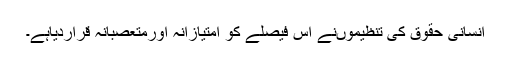
انسانی حقوق کی تنظیموںنے اس فیصلے کو امتیازانہ اورمتعصبانہ قراردیاہے۔